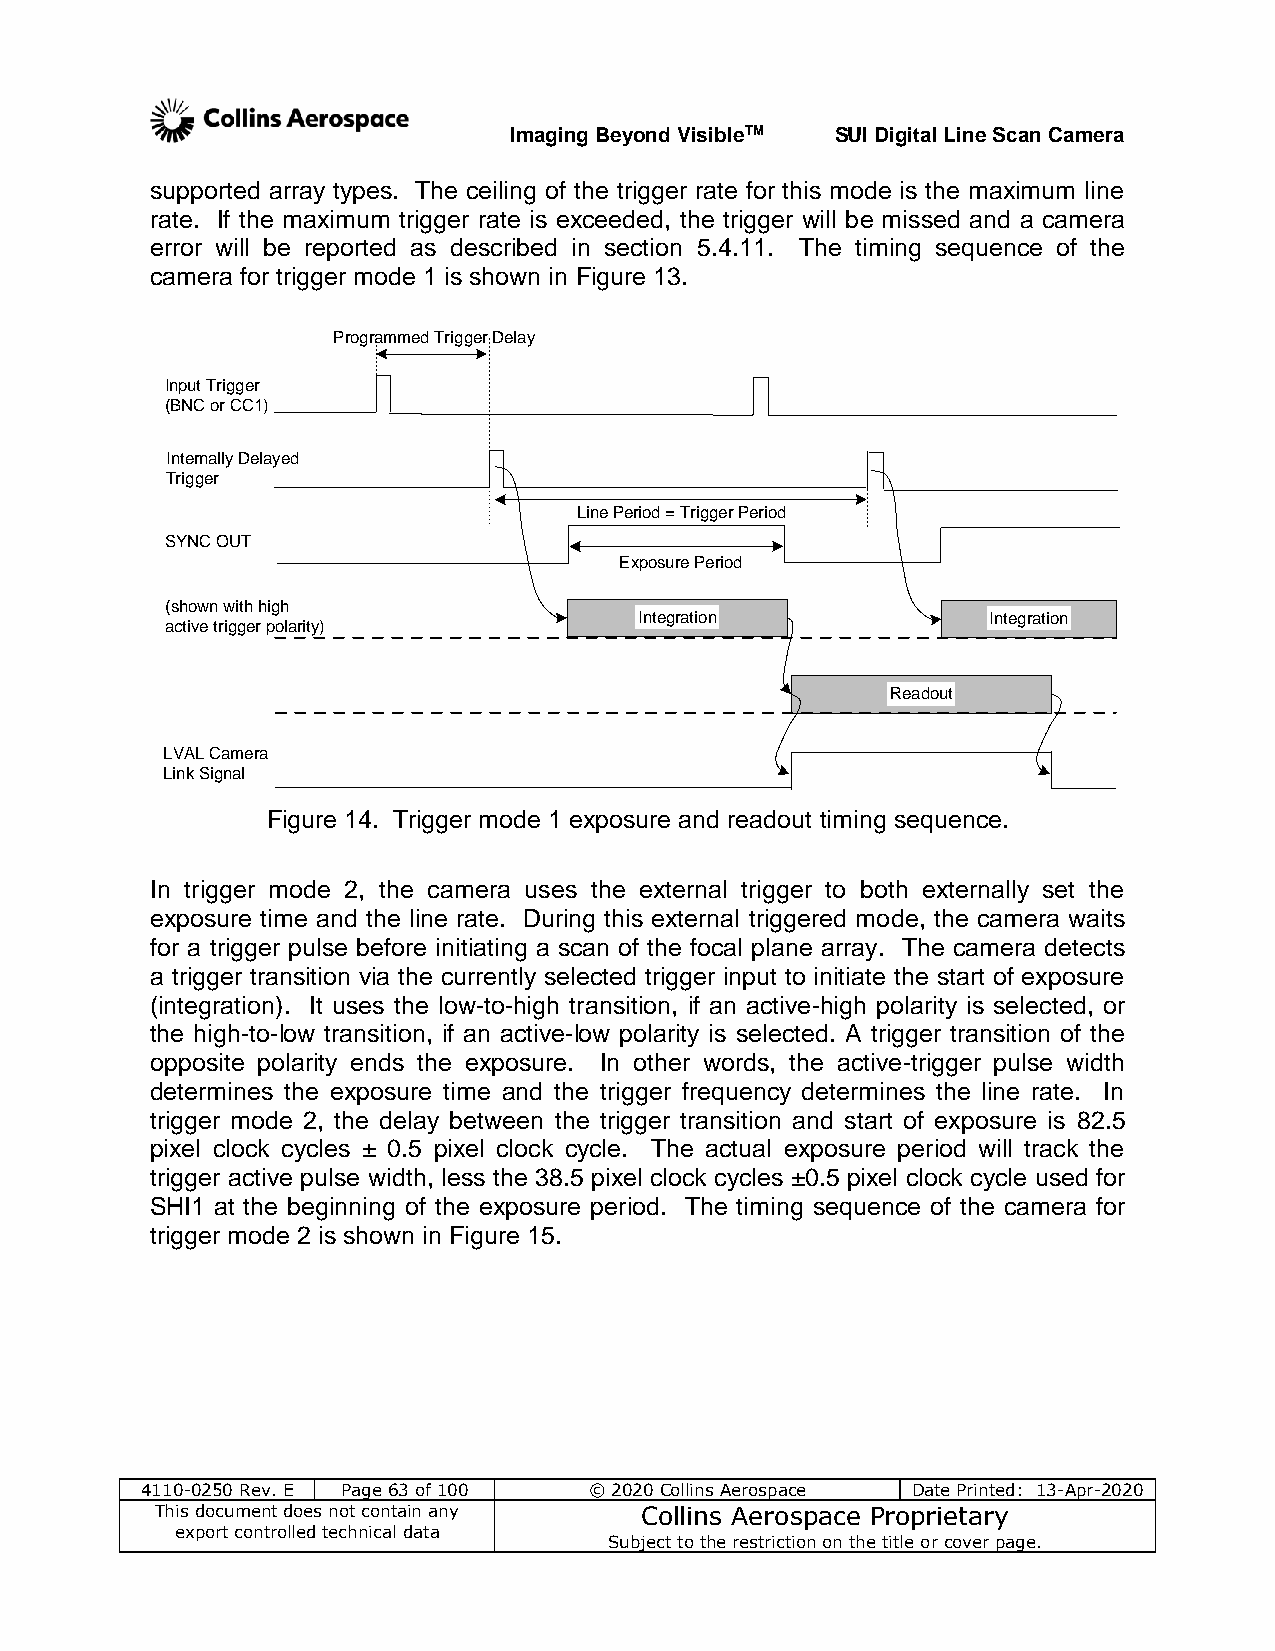
Imaging Beyond VisibleTM SUI Digital Line Scan Camera
 supported array types. The ceiling of the trigger rate for this mode is the maximum line
 rate. If the maximum trigger rate is exceeded, the trigger will be missed and a camera
 error will be reported as described in section 5.4.11. The timing sequence of the
 camera for trigger mode 1 is shown in Figure 13.
 Programmed Trigger Delay
 Input Trigger
 (BNC or CC1)
 Internally Delayed
 Trigger
 Line Period = Trigger Period
 SYNC OUT
 Exposure Period
 (shown with high
 Integration             Integration
 active trigger polarity)
 Readout
 LVAL Camera
 Link Signal
 Figure 14. Trigger mode 1 exposure and readout timing sequence.
 In trigger mode 2, the camera uses the external trigger to both externally set the
 exposure time and the line rate. During this external triggered mode, the camera waits
 for a trigger pulse before initiating a scan of the focal plane array. The camera detects
 a trigger transition via the currently selected trigger input to initiate the start of exposure
 (integration). It uses the low-to-high transition, if an active-high polarity is selected, or
 the high-to-low transition, if an active-low polarity is selected. A trigger transition of the
 opposite polarity ends the exposure. In other words, the active-trigger pulse width
 determines the exposure time and the trigger frequency determines the line rate. In
 trigger mode 2, the delay between the trigger transition and start of exposure is 82.5
 pixel clock cycles ± 0.5 pixel clock cycle. The actual exposure period will track the
 trigger active pulse width, less the 38.5 pixel clock cycles ±0.5 pixel clock cycle used for
 SHI1 at the beginning of the exposure period. The timing sequence of the camera for
 trigger mode 2 is shown in Figure 15.
 4110-0250 Rev. E Page 63 of 100 © 2020 Collins Aerospace Date Printed: 13-Apr-2020
 This document does not contain any Collins Aerospace Proprietary
 export controlled technical data
 Subject to the restriction on the title or cover page.